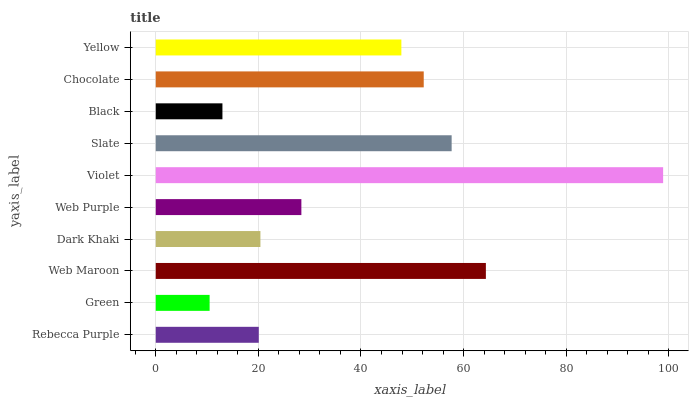
| yaxis_label | bars |
 | --- | --- |
 | Rebecca Purple | 20.1 |
 | Green | 10.5 |
 | Web Maroon | 64.3 |
 | Dark Khaki | 20.4 |
 | Web Purple | 28.4 |
 | Violet | 98.9 |
 | Slate | 57.7 |
 | Black | 13 |
 | Chocolate | 52.2 |
 | Yellow | 47.9 |